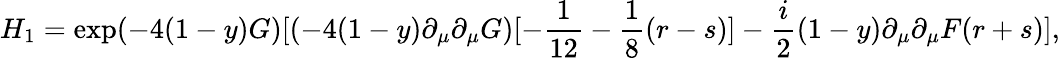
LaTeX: H_{1}=\exp(-4(1-y)G)[(-4(1-y)\partial_{\mu}\partial_{\mu}G)[-\frac{1}{12}-\frac{1}{8}(r-s)]-\frac{i}{2}(1-y)\partial_{\mu}\partial_{\mu}F(r+s)],